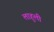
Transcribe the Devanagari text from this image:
लाहुली